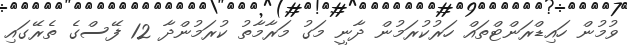
ވުމުން ހައިޑްރަންޓްތައް ހަރުކުރަމުން ދާނީ މަގު މަރާމާތު ކުރަމުންދާ 12 ފޭސްގެ ތެރޭގައި